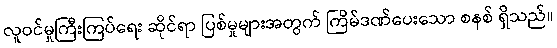
လူဝင်မှုကြီးကြပ်ရေး ဆိုင်ရာ ပြစ်မှုများအတွက် ကြိမ်ဒဏ်ပေးသော စနစ် ရှိသည်။